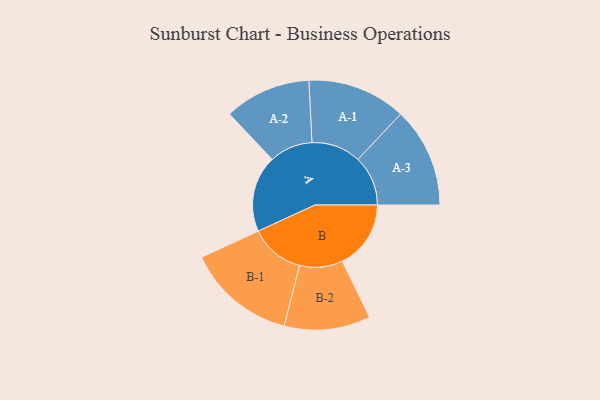
{"axis": {"x": "Segment", "y": "Value"}, "legend": ["", "A", "B"], "data": [{"x": "A", "y": 318, "type": ""}, {"x": "B", "y": 285, "type": ""}, {"x": "A-1", "y": 205, "type": "A"}, {"x": "A-2", "y": 180, "type": "A"}, {"x": "A-3", "y": 208, "type": "A"}, {"x": "B-1", "y": 227, "type": "B"}, {"x": "B-2", "y": 179, "type": "B"}]}